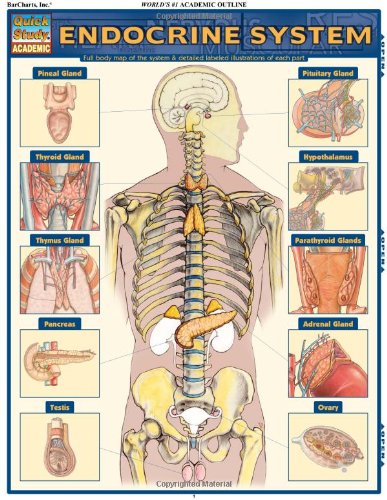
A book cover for Endocrine System (Quick Study Academic); Inc. BarCharts; Medical Books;